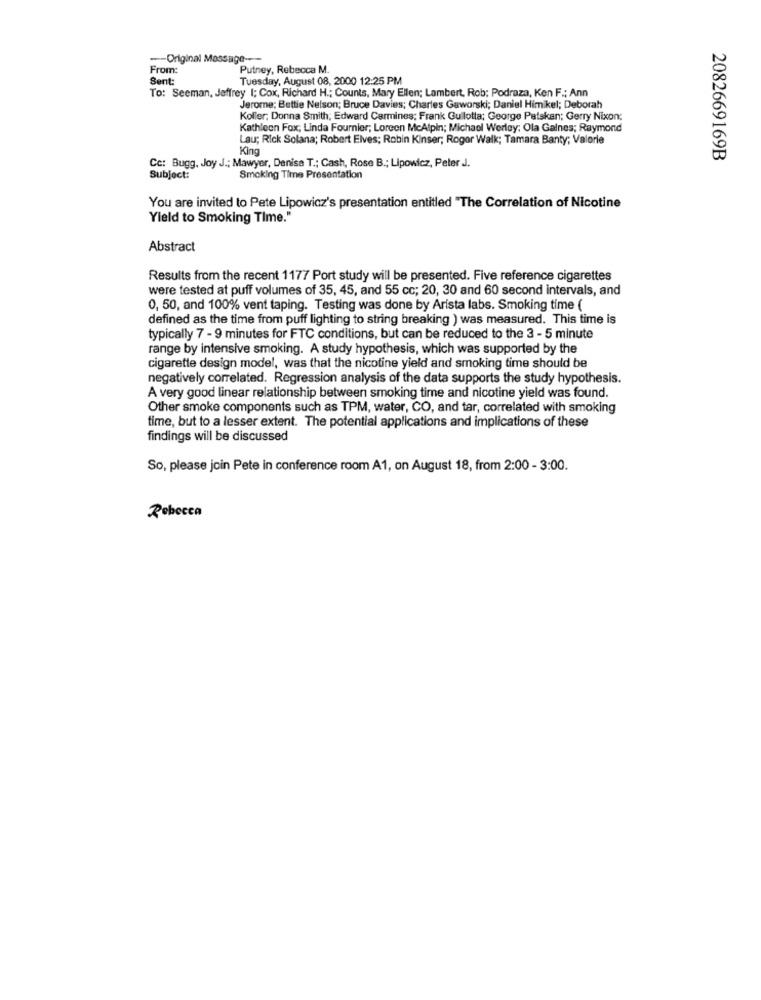
--- Original Message ----
From:
Putney, Rebecca M.
Sent:
Tuesday, August 08, 2000 12:25 PM
To: Seeman, Jeffrey I; Cox, Richard H .; Counts, Mary Ellen; Lambert, Rob; Podraza, Ken F .; Ann
Jerome: Bettie Nelson; Bruce Davies; Charles Gaworski; Daniel Himikel; Deborah
Koller; Donna Smith; Edward Carmines; Frank Guilotta; George Patskan; Gerry Nixon:
Kathleen Fox, Linda Fournier; Loreen McAlpin; Michael Werley; Ola Galnes; Raymond
Lau; Rick Solana; Robert Elves; Robin Kinser; Roger Walk; Tamara Banty; Valerie
King
2082669169B
Cc: Bugg. Joy J .; Mawyer, Denise T .; Cash, Rose B .; Lipowicz, Peter J.
Subject:
Smoking Time Presentation
You are invited to Pete Lipowicz's presentation entitled "The Correlation of Nicotine
Yield to Smoking Time."
Abstract
Results from the recent 1177 Port study will be presented. Five reference cigarettes
were tested at puff volumes of 35, 45, and 55 cc; 20, 30 and 60 second intervals, and
0, 50, and 100% vent taping. Testing was done by Arista labs. Smoking time (
defined as the time from puff lighting to string breaking ) was measured. This time is
typically 7 - 9 minutes for FTC conditions, but can be reduced to the 3 - 5 minute
range by intensive smoking. A study hypothesis, which was supported by the
cigarette design model, was that the nicotine yield and smoking time should be
negatively correlated. Regression analysis of the data supports the study hypothesis.
A very good linear relationship between smoking time and nicotine yield was found.
Other smoke components such as TPM, water, CO, and tar, correlated with smoking
time, but to a lesser extent. The potential applications and implications of these
findings will be discussed
So, please join Pete in conference room A1, on August 18, from 2:00 - 3:00.
Rebecca